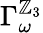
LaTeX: \Gamma_{\omega}^{\mathbb Z_{3}}